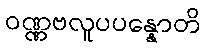
ဝဏ္ဏဗလူပပန္နောတိ